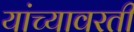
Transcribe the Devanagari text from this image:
यांच्यावरती